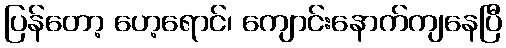
ပြန်တော့ ပော့ရောင်၊ ကျောင်းနောက်ကျနေပြီ